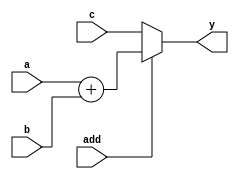
module procedural_assign(input [3:0] a,b,
			 input [4:0]  c,
			 input 	      add,
			 output [4:0] y);

   always @*
     begin
	y = (add == 1) ? (a + b) : c;
     end

endmodule